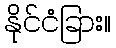
နိုင်ငံခြား။